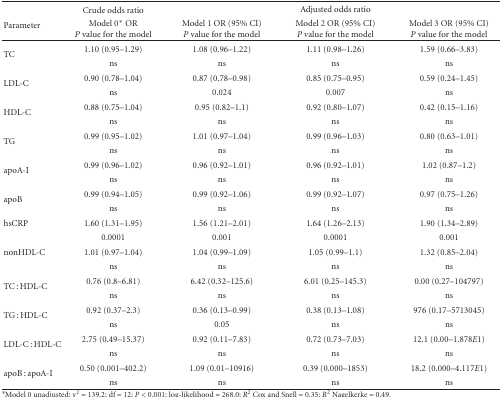
<table><thead><tr><td rowspan="2"><b>Parameter</b></td><td><b>Crude odds ratio</b></td><td colspan="3"><b>Adjusted odds ratio</b></td></tr><tr><td><b>Model 0* OR <i>P</i> value for the model</b></td><td><b>Model 1 OR (95% CI) <i>P</i> value for the model</b></td><td><b>Model 2 OR (95% CI) <i>P</i> value for the model</b></td><td><b>Model 3 OR (95% CI) <i>P</i> value for the model </b></td></tr></thead><tbody><tr><td rowspan="2">TC </td><td>1.10 (0.95–1.29)</td><td>1.08 (0.96–1.22)</td><td>1.11 (0.98–1.26)</td><td>1.59 (0.66–3.83)</td></tr><tr><td>ns</td><td>ns</td><td>ns</td><td>ns</td></tr><tr><td rowspan="2">LDL-C </td><td>0.90 (0.78–1.04)</td><td>0.87 (0.78–0.98)</td><td>0.85 (0.75–0.95)</td><td>0.59 (0.24–1.45)</td></tr><tr><td>ns</td><td>0.024</td><td>0.007</td><td>ns</td></tr><tr><td rowspan="2">HDL-C</td><td>0.88 (0.75–1.04)</td><td>0.95 (0.82–1.1)</td><td>0.92 (0.80–1.07)</td><td>0.42 (0.15–1.16)</td></tr><tr><td>ns</td><td>ns</td><td>ns</td><td>ns</td></tr><tr><td rowspan="2">TG </td><td>0.99 (0.95–1.02)</td><td>1.01 (0.97–1.04)</td><td>0.99 (0.96–1.03)</td><td>0.80 (0.63–1.01)</td></tr><tr><td>ns</td><td>ns</td><td>ns</td><td>ns</td></tr><tr><td rowspan="2">apoA-I</td><td>0.99 (0.96–1.02)</td><td>0.96 (0.92–1.01)</td><td>0.96 (0.92–1.01)</td><td>1.02 (0.87–1.2)</td></tr><tr><td>ns</td><td>ns</td><td>ns</td><td>ns</td></tr><tr><td rowspan="2">apoB </td><td>0.99 (0.94–1.05)</td><td>0.99 (0.92–1.06)</td><td>0.99 (0.92–1.07)</td><td>0.97 (0.75–1.26)</td></tr><tr><td>ns</td><td>ns</td><td>ns</td><td>ns</td></tr><tr><td rowspan="2">hsCRP</td><td>1.60 (1.31–1.95)</td><td>1.56 (1.21–2.01)</td><td>1.64 (1.26–2.13)</td><td>1.90 (1.34–2.89)</td></tr><tr><td>0.0001</td><td>0.001</td><td>0.0001</td><td>0.001</td></tr><tr><td rowspan="2">nonHDL-C</td><td>1.01 (0.97–1.04)</td><td>1.04 (0.99–1.09)</td><td>1.05 (0.99–1.1)</td><td>1.32 (0.85–2.04)</td></tr><tr><td>ns</td><td>ns</td><td>ns</td><td>ns</td></tr><tr><td rowspan="2">TC : HDL-C</td><td>0.76 (0.8–6.81)</td><td>6.42 (0.32–125.6)</td><td>6.01 (0.25–145.3)</td><td>0.00 (0.27–104797)</td></tr><tr><td>ns</td><td>ns</td><td>ns</td><td>ns</td></tr><tr><td rowspan="2">TG : HDL-C</td><td>0.92 (0.37–2.3)</td><td>0.36 (0.13–0.99)</td><td>0.38 (0.13–1.08)</td><td>976 (0.17–5713045)</td></tr><tr><td>ns</td><td>0.05</td><td>ns</td><td>ns</td></tr><tr><td rowspan="2">LDL-C : HDL-C</td><td>2.75 (0.49–15.37)</td><td>0.92 (0.11–7.83)</td><td>0.72 (0.73–7.03)</td><td>12.1 (0.00–1.878<i>E</i>1)</td></tr><tr><td>ns</td><td>ns</td><td>ns</td><td>ns</td></tr><tr><td rowspan="2">apoB : apoA-I</td><td>0.50 (0.001–402.2)</td><td>1.09 (0.01–10916)</td><td>0.39 (0.000–1853)</td><td>18.2 (0.000–4.117<i>E</i>1)</td></tr><tr><td>ns</td><td>ns</td><td>ns</td><td>ns</td></tr></tbody></table>